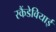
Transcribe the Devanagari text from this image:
स्कैंडेवियाई